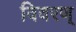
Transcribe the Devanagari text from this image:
विवरण्